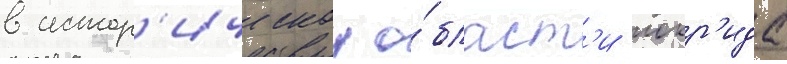
в истор'ическои о́бласт'и локр'ида